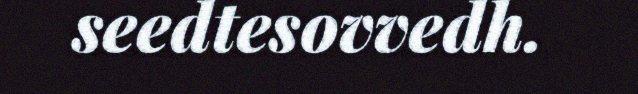
seedtesovvedh.